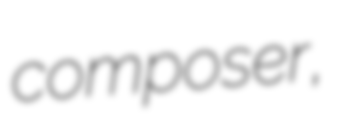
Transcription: composer,